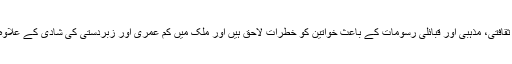
سروے کے نتائج سے معلوم ہوا ہے کہ پاکستان میں ثقافتی، مذہبی اور قبائلی رسومات کے باعث خواتین کو خطرات لاحق ہیں اور ملک میں کم عمری اور زبردستی کی شادی کے علاوہ خواتین پر تیزاب پھینکنے کے واقعات بھی عام ہیں۔